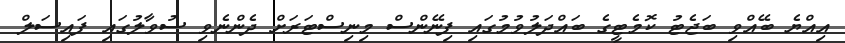
އިއްޔެ ބޭއްވި ބަޖެޓު ކޮމެޓީގެ ބައްދަލުވުމުގައި ފިނޭންސް މިނިސްޓަރަށް ދެންނެވި ސުވާލުގައި ފައިސަލް